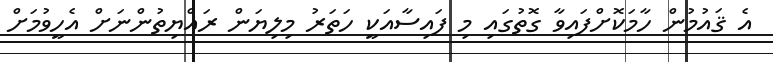
އެ ޤައުމުން ހާމަކޮށްފައިވާ ގޮތުގައި މި ފައިސާއަކީ ހަތަރު މިލިޔަން ރައްޔިތުންނަށް އެހީވުމަށް